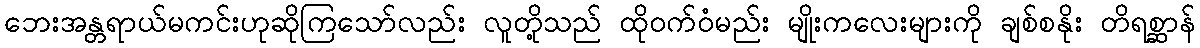
ဘေးအန္တရာယ်မကင်းဟုဆိုကြသော်လည်း လူတို့သည် ထိုဝက်ဝံမည်း မျိုးကလေးများကို ချစ်စနိုး တိရစ္ဆာန်